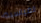
القياسية